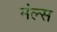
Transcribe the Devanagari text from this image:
मंल्स